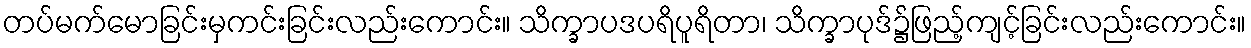
တပ်မက်မောခြင်းမှကင်းခြင်းလည်းကောင်း။ သိက္ခာပဒပရိပူရိတာ၊ သိက္ခာပုဒ်၌ဖြည့်ကျင့်ခြင်းလည်းကောင်း။